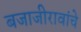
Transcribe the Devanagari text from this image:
बजाजीरावांचे